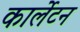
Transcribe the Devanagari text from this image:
कार्लेटन